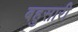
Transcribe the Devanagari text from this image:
बहुसारी